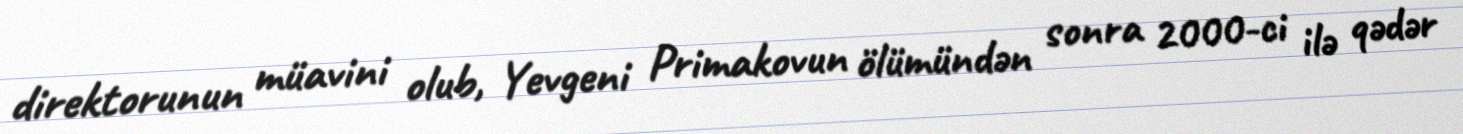
direktorunun müavini olub, Yevgeni Primakovun ölümündən sonra 2000-ci ilə qədər